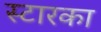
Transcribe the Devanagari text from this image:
स्टारका